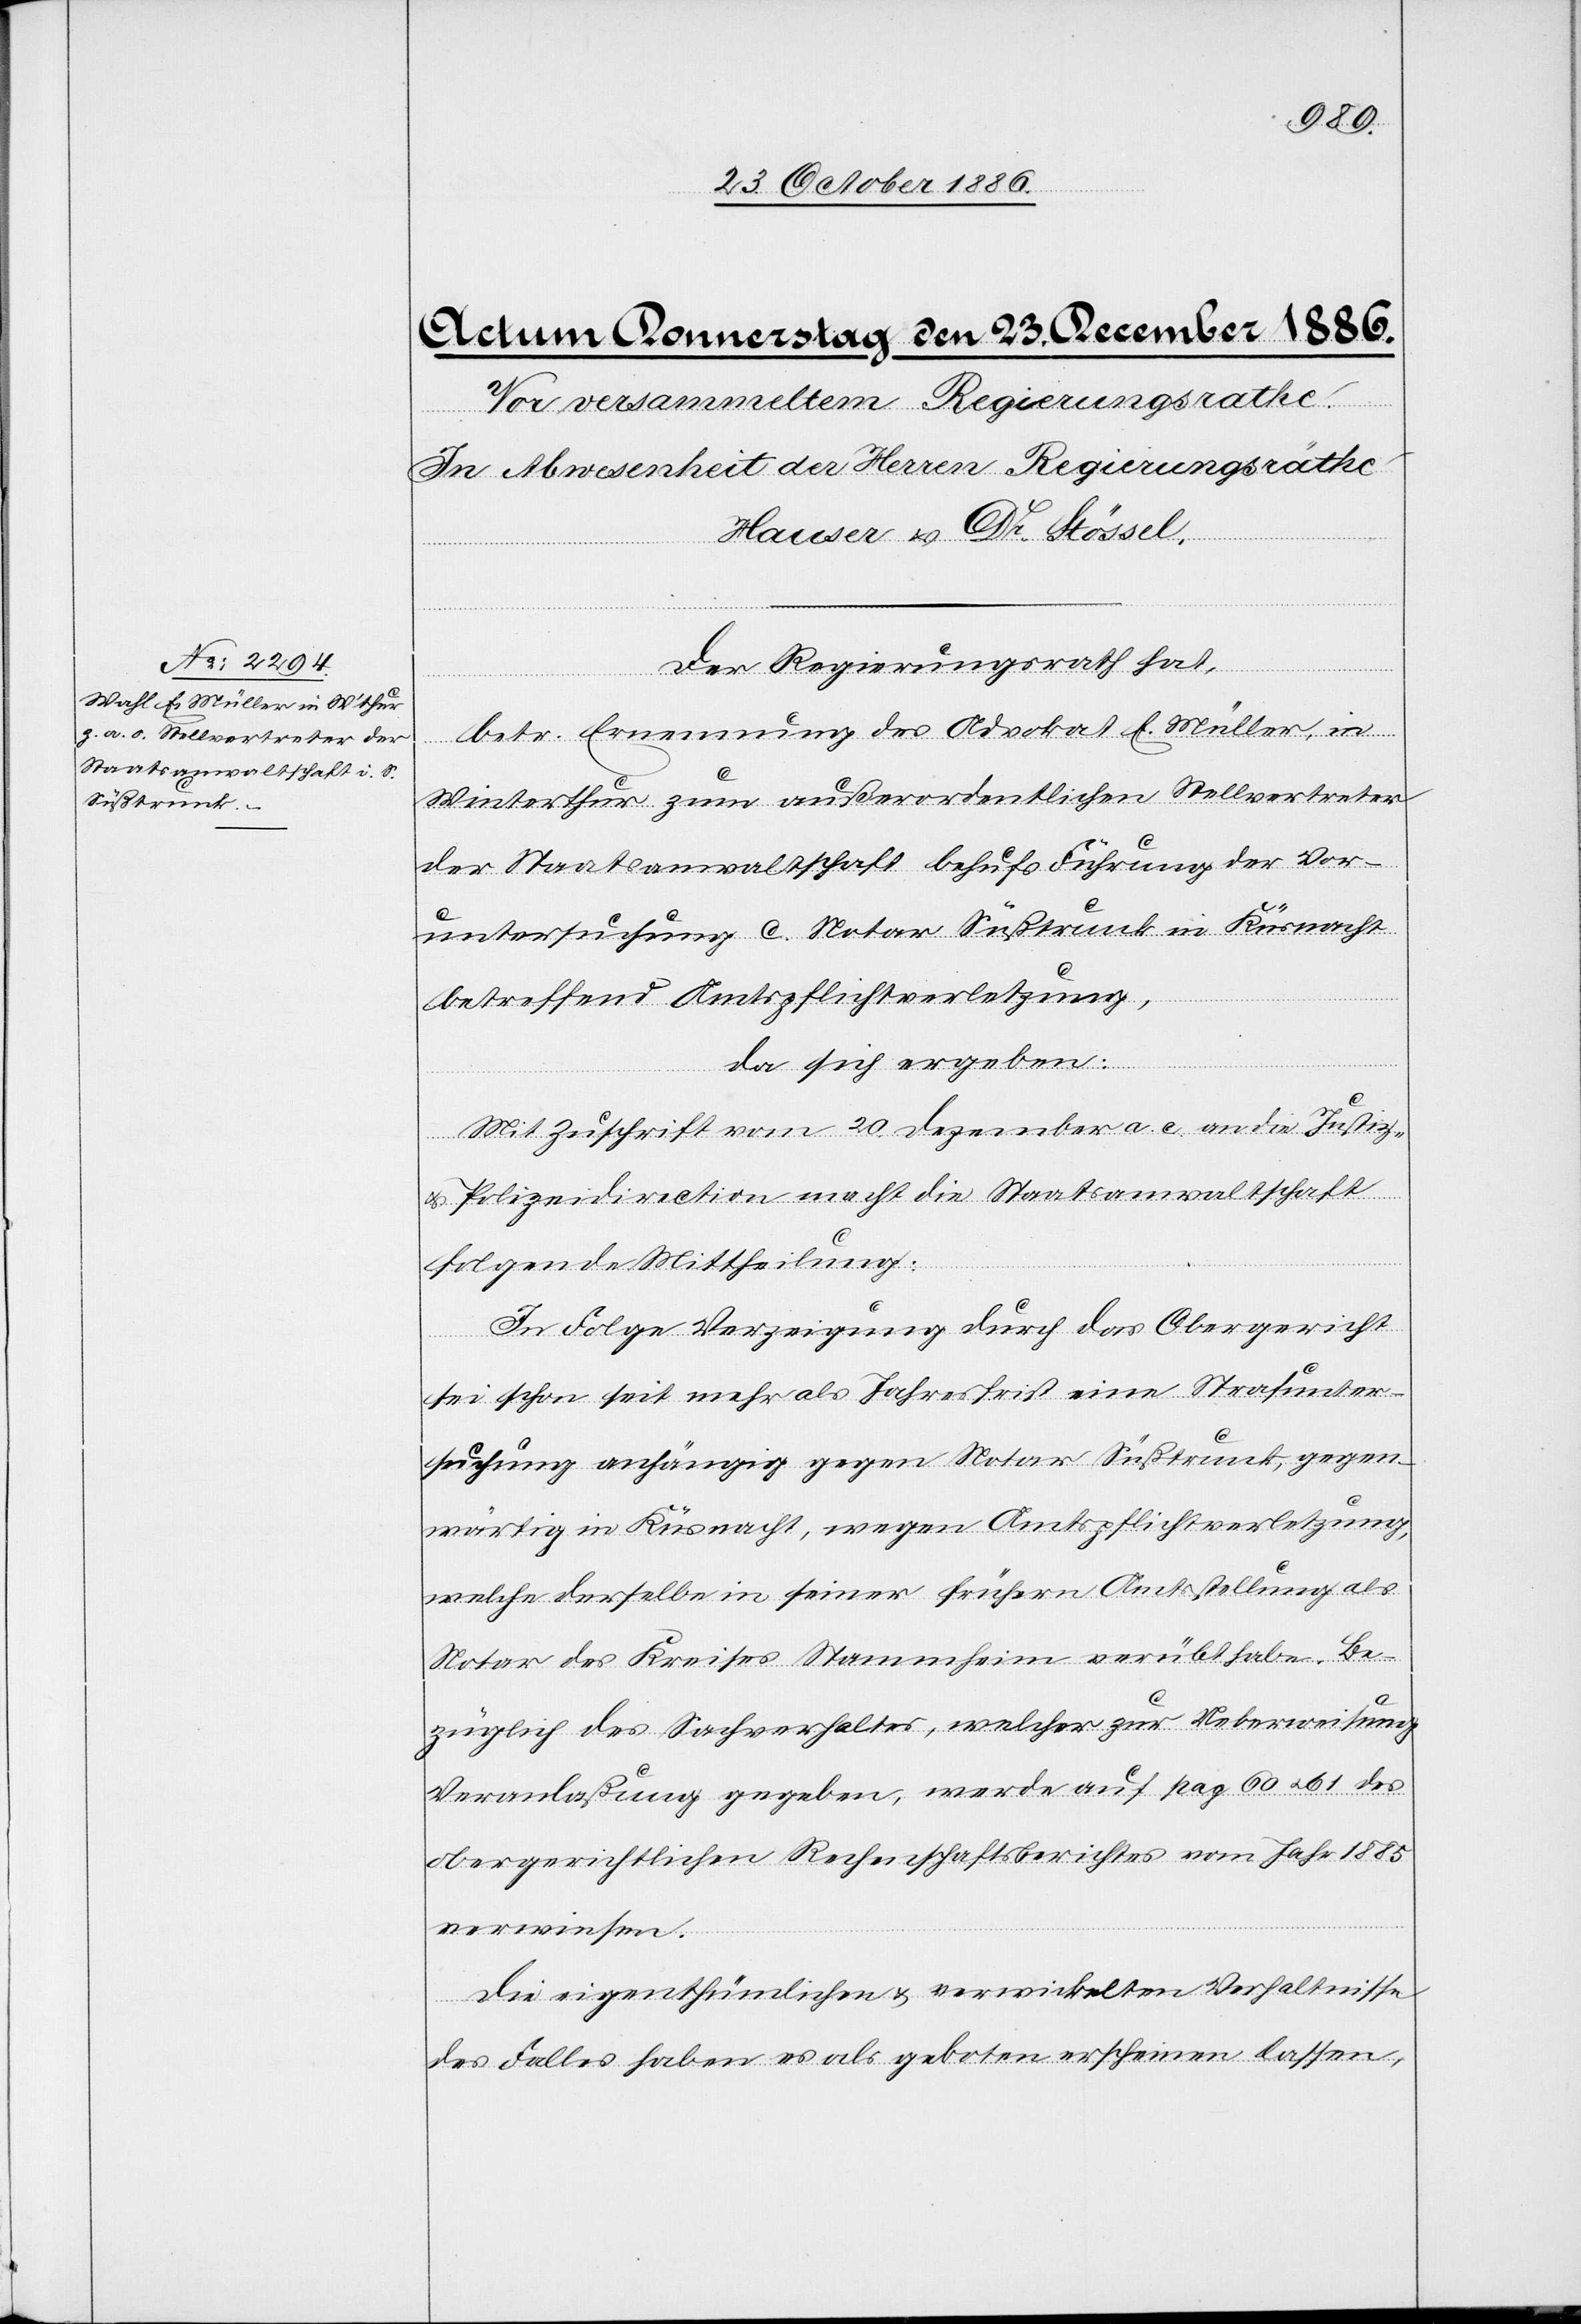
Der Regierungsrath hat,
betr. Ernennung des Advokat E. Müller, in
Winterthur zum außerordentlichen Stellvertreter
der Staatsanwaltschaft behufs Führung der Vor¬
untersuchung c. Notar Süßtrunk in Küsnacht
betreffend Amtspflichtverletzung,
da sich ergeben:
Mit Zuschrift vom 20. Dezember a. c. an die Justiz-
& Polizeidirection macht die Staatsanwaltschaft
folgende Mittheilung:
In Folge Verzeigung durch das Obergericht
sei schon seit mehr als Jahresfrist eine Strafunter¬
suchung anhängig gegen Notar Süßtrunk, gegen¬
wärtig in Küsnacht, wegen Amtspflichtverletzung,
welche derselbe in seiner frühern Amtsstellung als
Notar des Kreises Stammheim verübt habe. Be¬
züglich des Sachverhaltes, welcher zur Ueberweisung
Veranlaßung gegeben, werde auf pag. 60 & 61 des
obergerichtlichen Rechenschaftsberichtes vom Jahr 1885
verwiesen.
Die eigenthümlichen & verwickelten Verhaltnisse
des Falles haben es als geboten erscheinen lassen,